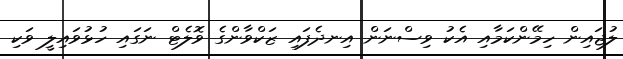
ލުޖައިން ހިމޭންކަމާއި އެކު ވިސްނަން އިނދެފައި ޒަކްވާންގެ ވޮލެޓް ނަގައި ހުޅުވައިލީ ވަކި